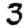
Digit: 3